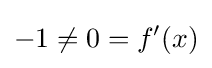
-1\neq 0=f'(x)